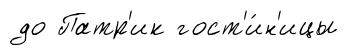
до Патр'ик гост'и́н'ицы